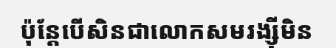
ប៉ុន្តែបើសិនជាលោកសមរង្ស៊ីមិន